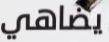
يضاهي